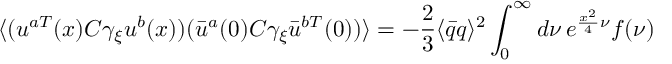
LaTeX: \langle ( u ^ { a T } ( x ) C \gamma _ { \xi } u ^ { b } ( x ) ) ( { \bar { u } } ^ { a } ( 0 ) C \gamma _ { \xi } { \bar { u } } ^ { b T } ( 0 ) ) \rangle = - \frac { 2 } { 3 } \langle { \bar { q } } q \rangle ^ { 2 } \int _ { 0 } ^ { \infty } d \nu \, e ^ { \frac { x ^ { 2 } } { 4 } \nu } f ( \nu )